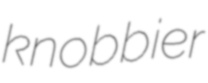
knobbier